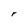
Character: r